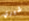
شيري